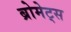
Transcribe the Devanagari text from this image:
ब्रोमेट्स